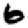
Digit: 6